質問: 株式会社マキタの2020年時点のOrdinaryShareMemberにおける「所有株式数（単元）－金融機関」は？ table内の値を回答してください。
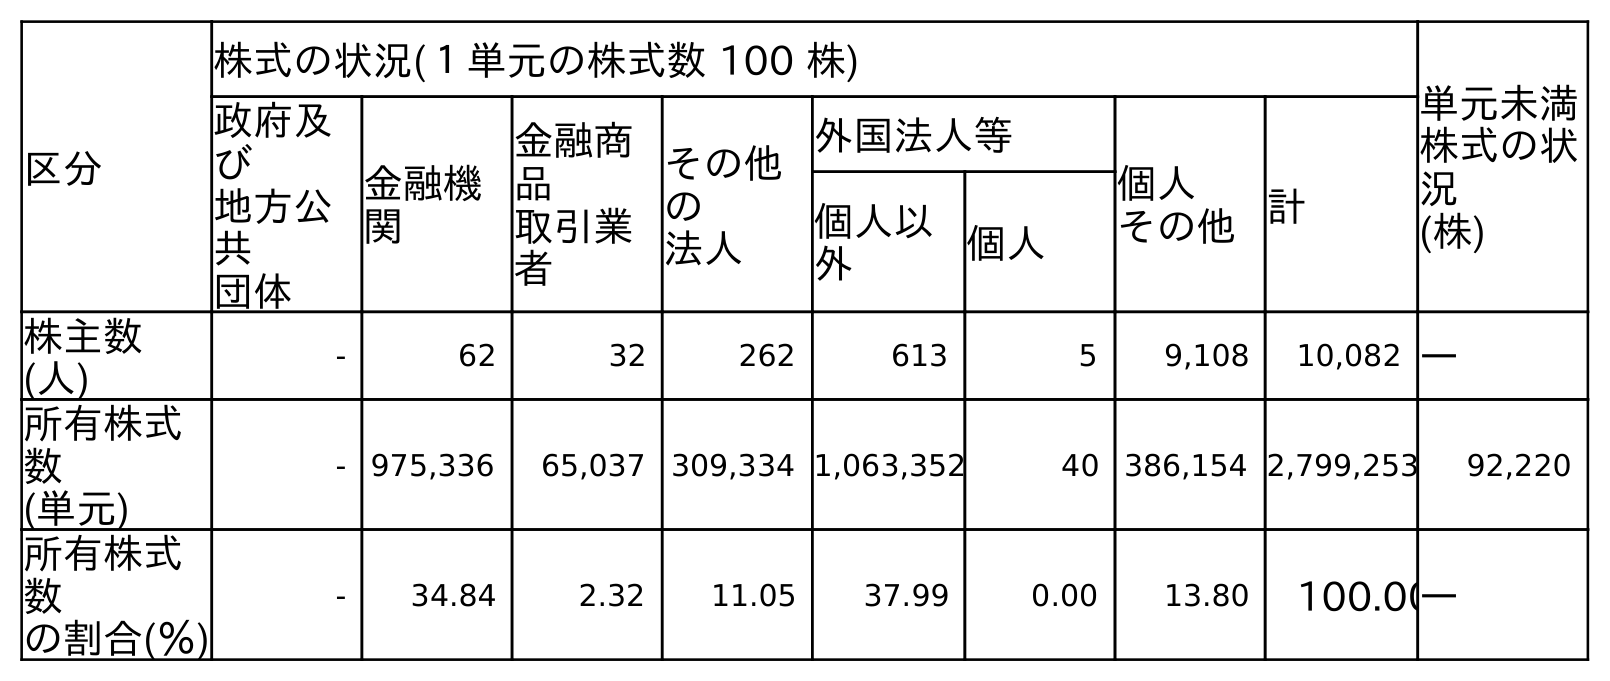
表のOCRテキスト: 区分 株式の状況(１単元の株式数 100 株) 単元未満 株式の状 況 (株) 政府及 び 地方公 共 団体 金融機 関 金融商 品 取引業 者 その他 の 法人 外国法人等 個人 その他計 個人以 外 個人 株主数 (人) - 62 32 262 613 5 9,108 10,082 ― 所有株式 数 (単元) - 975,336 65,037 309,334 1,063,352 40 386,154 2,799,253 92,220 所有株式 数 の割合(％) - 34.84 2.32 11.05 37.99 0.00 13.80 100.00―
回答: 975,336